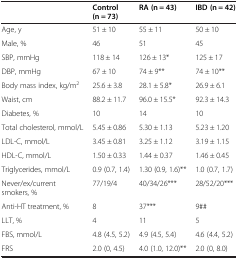
<table><thead><tr><td></td><td><b>Control (n = 73)</b></td><td><b>RA (n = 43)</b></td><td><b>IBD (n = 42)</b></td></tr></thead><tbody><tr><td>Age, y</td><td>51 ± 10</td><td>55 ± 11</td><td>50 ± 10</td></tr><tr><td>Male, %</td><td>46</td><td>51</td><td>45</td></tr><tr><td>SBP, mmHg</td><td>118 ± 14</td><td>126 ± 13*</td><td>125 ± 17</td></tr><tr><td>DBP, mmHg</td><td>67 ± 10</td><td>74 ± 9**</td><td>74 ± 10**</td></tr><tr><td>Body mass index, kg/m<sup>2</sup></td><td>25.6 ± 3.8</td><td>28.1 ± 5.8*</td><td>26.9 ± 6.1</td></tr><tr><td>Waist, cm</td><td>88.2 ± 11.7</td><td>96.0 ± 15.5*</td><td>92.3 ± 14.3</td></tr><tr><td>Diabetes, %</td><td>10</td><td>14</td><td>10</td></tr><tr><td>Total cholesterol, mmol/L</td><td>5.45 ± 0.86</td><td>5.30 ± 1.13</td><td>5.23 ± 1.20</td></tr><tr><td>LDL-C, mmol/L</td><td>3.45 ± 0.81</td><td>3.25 ± 1.12</td><td>3.19 ± 1.15</td></tr><tr><td>HDL-C, mmol/L</td><td>1.50 ± 0.33</td><td>1.44 ± 0.37</td><td>1.46 ± 0.45</td></tr><tr><td>Triglycerides, mmol/L</td><td>0.9 (0.7, 1.4)</td><td>1.30 (0.9, 1.6)**</td><td>1.0 (0.7, 1.7)</td></tr><tr><td>Never/ex/current smokers, %</td><td>77/19/4</td><td>40/34/26***</td><td>28/52/20***</td></tr><tr><td>Anti-HT treatment, %</td><td>8</td><td>37***</td><td>9##</td></tr><tr><td>LLT, %</td><td>4</td><td>11</td><td>5</td></tr><tr><td>FBS, mmol/L</td><td>4.8 (4.5, 5.2)</td><td>4.9 (4.5, 5.4)</td><td>4.6 (4.4, 5.2)</td></tr><tr><td>FRS</td><td>2.0 (0, 4.5)</td><td>4.0 (1.0, 12.0)**</td><td>2.0 (0, 8.0)</td></tr></tbody></table>